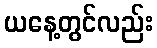
ယနေ့တွင်လည်း